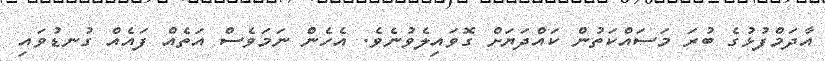
އާދަމްފުޅުގެ ބުރަ މަސައްކަތުން ކައްދަޔަށް ގޮވައިލެވުނެވެ. އެހެން ނަމަވެސް އަތެއް ފައެއް ގުނޑުވައި